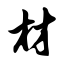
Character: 材